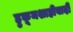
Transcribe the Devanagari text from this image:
हुकूमशाहीवादी